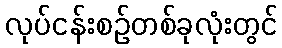
လုပ်ငန်းစဉ်တစ်ခုလုံးတွင်